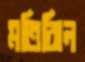
মতিঝিল